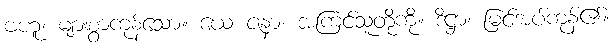
ဗဟူ၊ များစွာကုန်သော။ ယေ ဇနာ၊ အကြင်သူတို့ကို။ ဒိဋ္ဌာ၊ မြင်အပ်ကုန်၏။